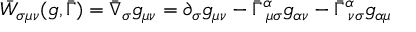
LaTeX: \bar { W } _ { \sigma \mu \nu } ( g , \bar { \Gamma } ) = \bar { \nabla } _ { \sigma } g _ { \mu \nu } = \partial _ { \sigma } g _ { \mu \nu } - \bar { \Gamma } _ { ~ \mu \sigma } ^ { \alpha } g _ { \alpha \nu } - \bar { \Gamma } _ { ~ \nu \sigma } ^ { \alpha } g _ { \alpha \mu }